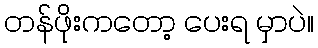
တန်ဖိုးကတော့ ပေးရ မှာပဲ။